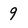
Character: 9